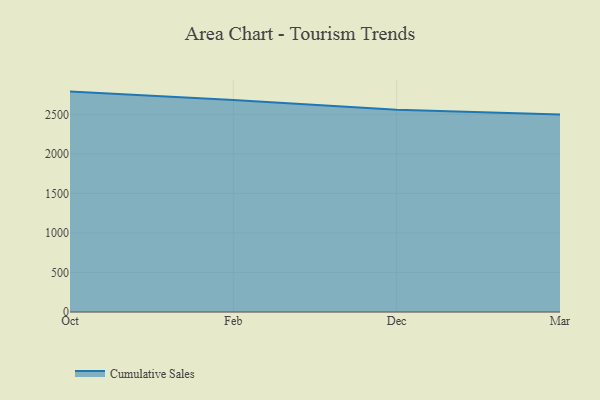
{"axis": {"x": "Month", "y": "Humidity (%)"}, "legend": ["Cumulative Sales"], "data": [{"x": "Oct", "y": 2788.3, "type": "Cumulative Sales"}, {"x": "Feb", "y": 2682.3, "type": "Cumulative Sales"}, {"x": "Dec", "y": 2559.0, "type": "Cumulative Sales"}, {"x": "Mar", "y": 2497.3, "type": "Cumulative Sales"}]}